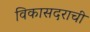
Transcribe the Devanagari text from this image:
विकासदराची